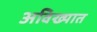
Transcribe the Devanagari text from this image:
अविख्यात